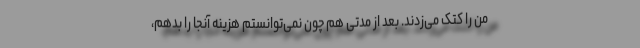
من را کتک می‌زدند. بعد از مدتی هم چون نمی‌توانستم هزینه آنجا را بدهم،